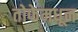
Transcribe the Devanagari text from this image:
तोफेमधून